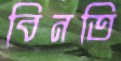
বিনতি